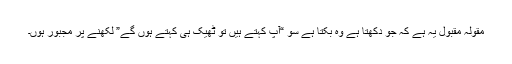
مقولہ مقبول یہ ہے کہ جو دکھتا ہے وہ بکتا ہے سو “آپ کہتے ہیں تو ٹھیک ہی کہتے ہوں گے” لکھنے پر مجبور ہوں۔